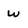
Character: w